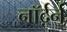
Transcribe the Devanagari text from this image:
नॉर्द़र्न्